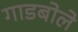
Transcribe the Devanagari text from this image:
गाडबोले